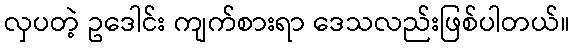
လှပတဲ့ ဥဒေါင်း ကျက်စားရာ ဒေသလည်းဖြစ်ပါတယ်။